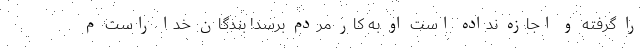
را گرفته و اجازه نداده است او به کار مردم برسد! بندگان خدا راست م